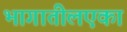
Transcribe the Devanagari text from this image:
भागातीलएका